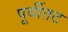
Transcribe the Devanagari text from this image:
पूर्वीतट